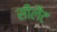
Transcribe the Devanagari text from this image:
सीलैंट